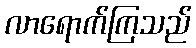
လာရောက်ကြသည်